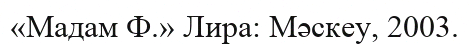
«Мадам Ф.» Лира: Мәскеу, 2003.